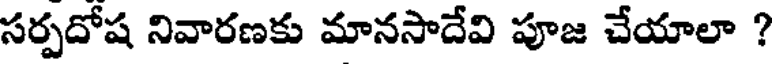
సర్పదోష నివారణకు మానసాదేవి పూజ చేయాలా ?